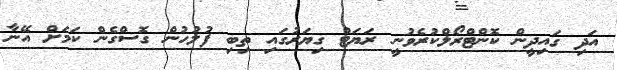
އަދި ގައިދީން ކޮންޓްރޯލްކުރެވުނީ ރަޔަޓް ގިޔަރުގައި ތިބި ފުލުހުން ގޮސްގެން ކަމަށް އޭނާ